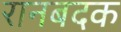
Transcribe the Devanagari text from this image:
रानबदक